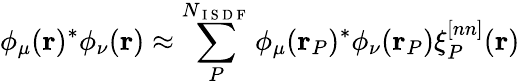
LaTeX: \phi_{\mu}(\mathbf{r})^{*}\phi_{\nu}(\mathbf{r})\approx\sum_{P}^{N_{\mathrm{~I~S~D~F~}}}\phi_{\mu}(\mathbf{r}_{P})^{*}\phi_{\nu}(\mathbf{r}_{P})\xi_{P}^{[nn]}(\mathbf{r})